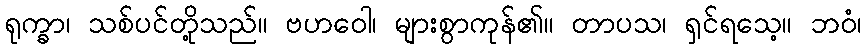
ရုက္ခာ၊ သစ်ပင်တို့သည်။ ဗဟဝေါ၊ များစွာကုန်၏။ တာပသ၊ ရှင်ရသေ့။ ဘဝံ၊